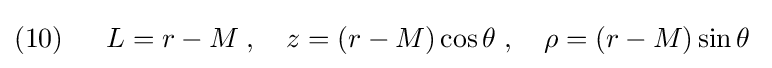
(10)\;\;\quad L=r-M\;,\quad z=(r-M)\cos \theta \;,\quad \rho =(r-M)\sin \theta \;